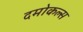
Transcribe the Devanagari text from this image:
दमोकल्स